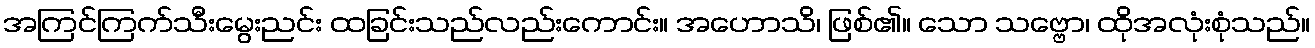
အကြင်ကြက်သီးမွေးညင်း ထခြင်းသည်လည်းကောင်း။ အဟောသိ၊ ဖြစ်၏။ သော သဗ္ဗော၊ ထိုအလုံးစုံသည်။